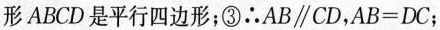
形ABCD是平行四边形；③∴AB\parallel CD，$$A B = D C$$；